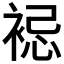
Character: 𧚈